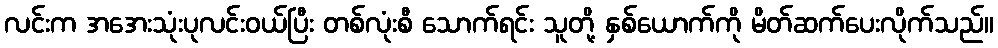
လင်းက အအေးသုံးပုလင်းဝယ်ပြီး တစ်လုံးစီ သောက်ရင်း သူတို့ နှစ်ယောက်ကို မိတ်ဆက်ပေးလိုက်သည်။